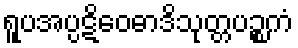
ရူပအပ္ပဋိဝေဓာဒိသုတ္တပဉ္စကံ